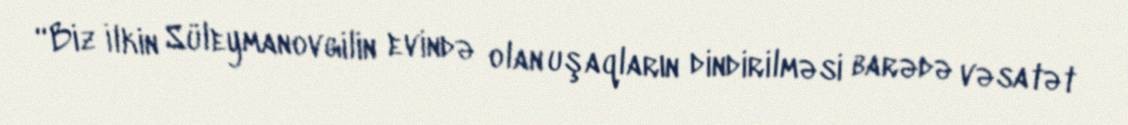
“Biz İlkin Süleymanovgilin evində olan uşaqların dindirilməsi barədə vəsatət